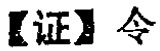
【证】令